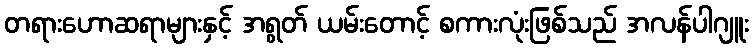
တရားဟောဆရာများနှင့် အရွတ် ယမ်းတောင့် စကားလုံးဖြစ်သည် အလန်ပါဂျူး